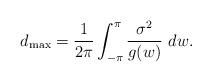
LaTeX: \begin{align*}d_{\max} = \frac{1}{2\pi}\int_{-\pi}^{\pi} \frac{\sigma^2}{g(w)}~dw.\end{align*}